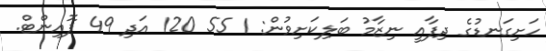
ހަށިގަނޑުގެ ދިފާއީ ނިޒާމު ބަލިކަށިވުން: 1 55 120 އަދި 49 ޕޮއިންޓް.